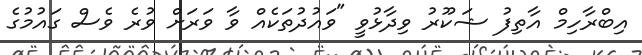
އިބްރާހިމް އާތިފު ޝަކޫރު ވިދާޅުވީ "ވައުދުތަކެއް ވާ ވަރަށް ވުރެ ވެސް ގައުމުގެ